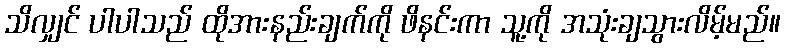
သိလျှင် ပါပါသည် ထိုအားနည်းချက်ကို ဖိနင်းကာ သူ့ကို အသုံးချသွားလိမ့်မည်။